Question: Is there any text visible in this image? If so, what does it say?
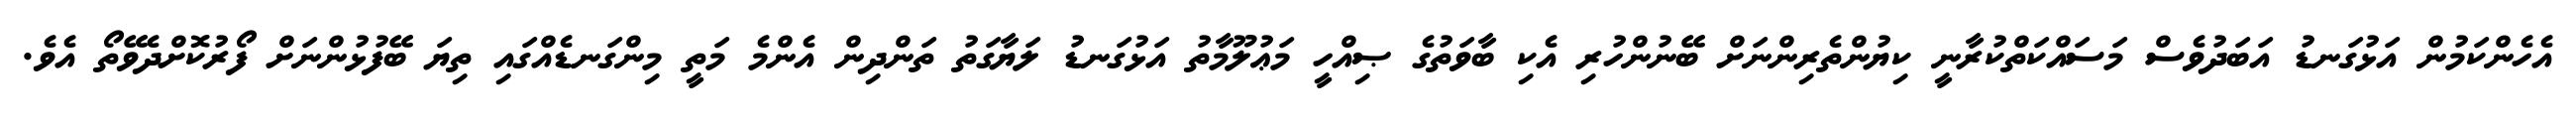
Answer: އެހެންކަމުން އަޅުގަނޑު އަބަދުވެސް މަސައްކަތްކުރާނީ ކިޔުންތެރިންނަށް ބޭނުންހުރި އެކި ބާވަތުގެ ޞިއްހީ މަޢުލޫމާތު އަޅުގަނޑު ލަޔާގަތު ތަންދިން އެންމެ މަތީ މިންގަނޑެއްގައި ތިޔަ ބޭފުޅުންނަށް ފޯރުކޮށްދެވޭތޯ އެވެ.